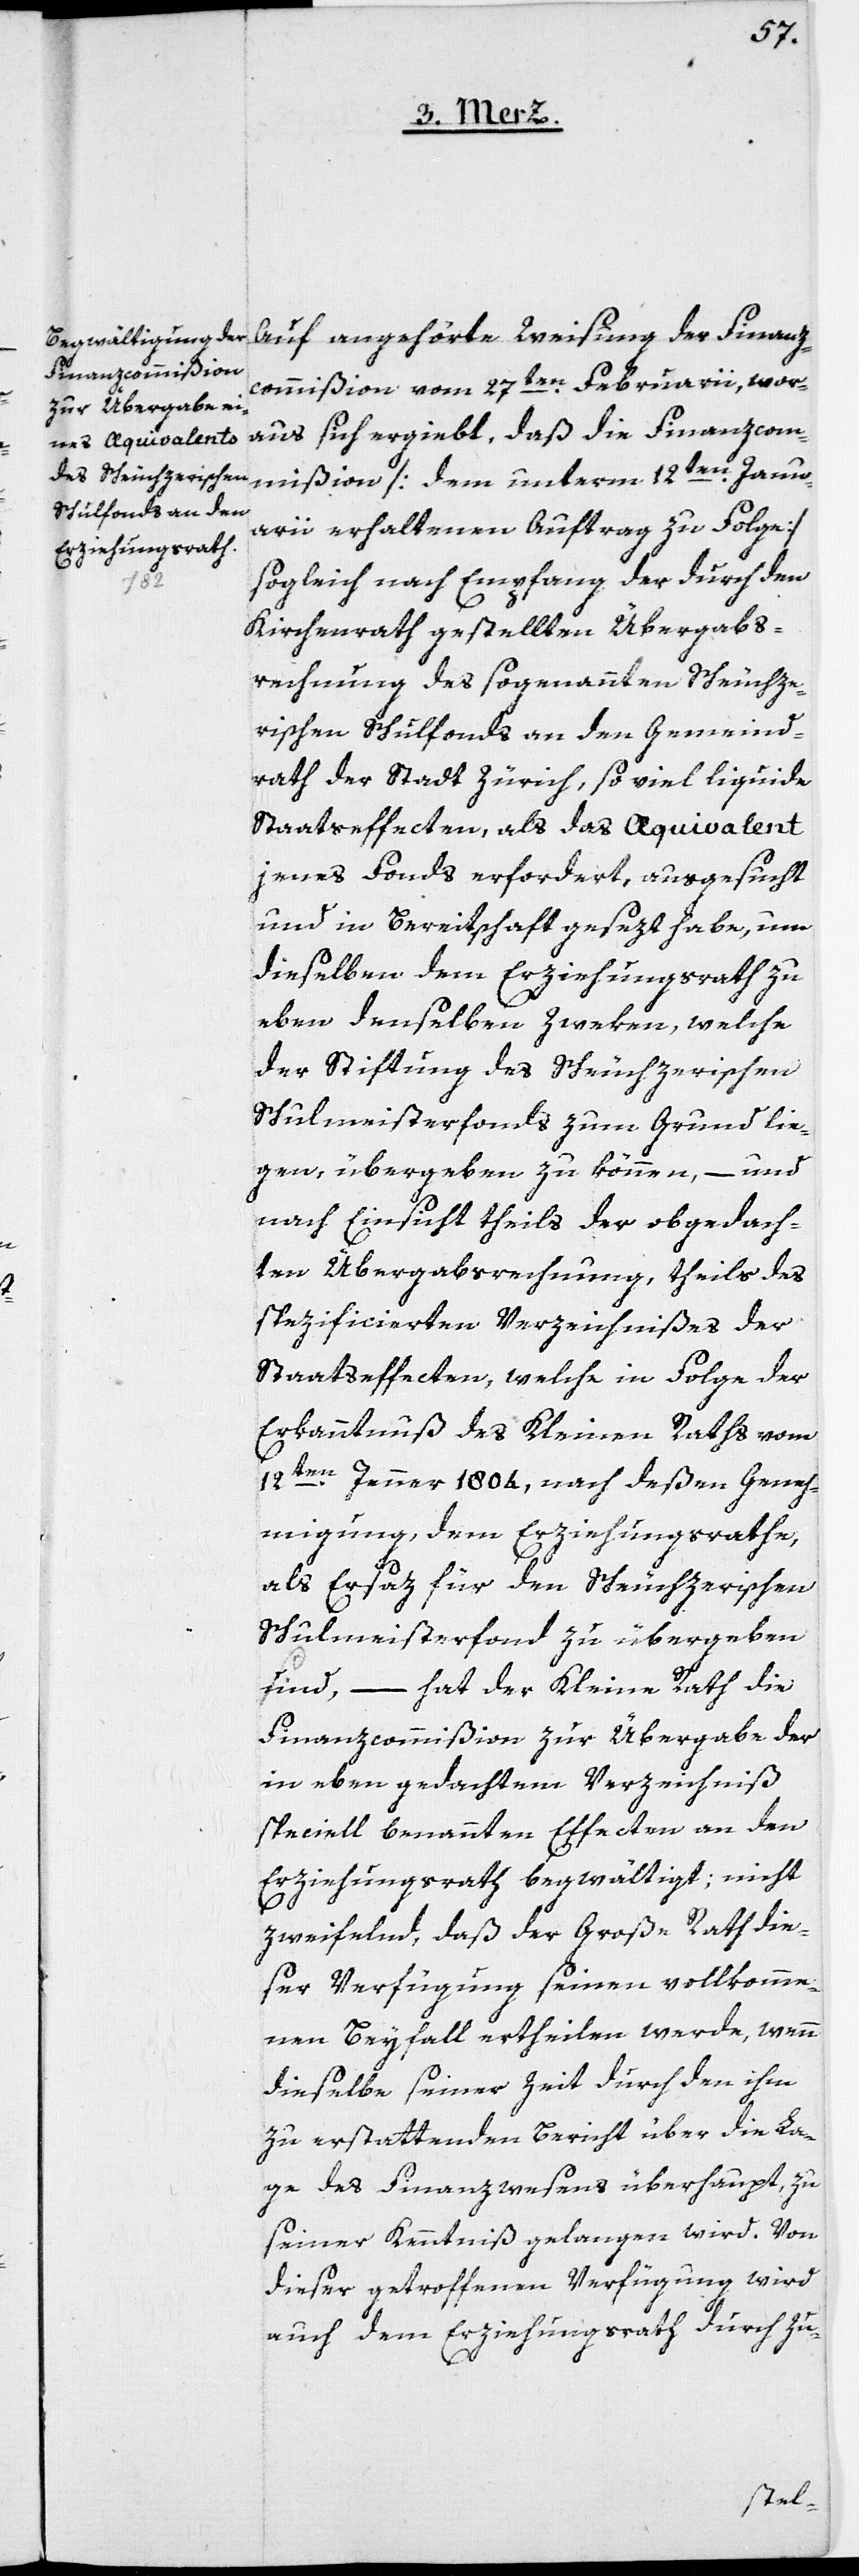
Auf angehörte Weisung der Finanzc¬
ommißion vom 27ten Februarii, wor¬
aus sich ergiebt, daß die Finanzcom¬
mißion [dem unterm 12ten Janu¬
arii erhaltenen Auftrag zu Folge]
sogleich nach Empfang der durch den
Kirchenrath gestellten Übergabs¬
rechnung des sogenannten Scheuchze¬
rischen Schulfonds an den Gemeind¬
rath der Stadt Zürich, so viel liquide
Staatseffecten, als das Aequivalent
jenes Fonds erfordert, ausgesucht
und in Bereitschaft gesezt habe, um
dieselben dem Erziehungsrath zu
eben denselben Zwecken, welche
der Stiftung des Scheuchzerischen
Schulmeisterfonds zum Grund lie¬
gen, übergeben zu können, – und
nach Einsicht theils der obgedach¬
ten Übergabsrechnung, theils des
spezificierten Verzeichnißes der
Staatseffecten, welche in Folge der
Erkanntnuß des Kleinen Raths vom
12ten Jenner 1804, nach deßen Geneh¬
migung dem Erziehungsrathe,
als Ersaz für den Scheuchzerischen
Schulmeisterfonds zu übergeben
sind, – hat der Kleine Rath die
Finanzcommißion zur Übergabe der
in eben gedachtem Verzeichniß,
speziell benannten Effecten an den
Erziehungsrath begwältigt; nicht
zweifelnd, daß der Grosse Rath die¬
ser Verfügung seinen vollkomme¬
nen Beyfall ertheilen werde, wenn
dieselbe seiner Zeit durch den ihm
zu erstattenden Bericht über die La¬
ge des Finanzwesens überhaupt, zu
seiner Kenntniß gelangen wird. Von
dieser getroffenen Verfügung wird
auch dem Erziehungsrath durch Zu-